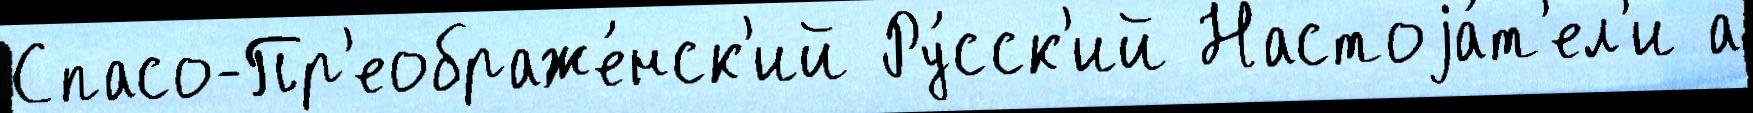
Спасо-Пр'еображе́нск'ий Ру́сск'ий Настоjа́т'ел'и а